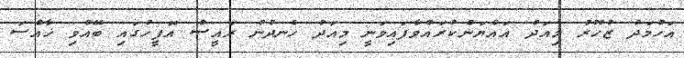
އަހުމަދު ޒުހޫރު މިއަދު އައްޔަންކުރައްވާފައިވަނީ މިއަދު ހެނދުނު ރައީސް އޮފީހުގައި ބޭއްވި ޚާއްސަ